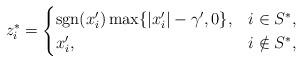
LaTeX: \begin{align*}z^*_i=\begin{cases}\mathrm{sgn}(x'_i)\max\{|x'_i|-\gamma',0\}, & i\in S^*,\\x'_i, & i\notin S^*,\end{cases}\end{align*}